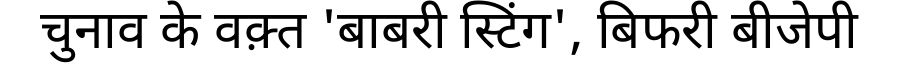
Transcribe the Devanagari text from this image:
चुनाव के वक़्त 'बाबरी स्टिंग', बिफरी बीजेपी